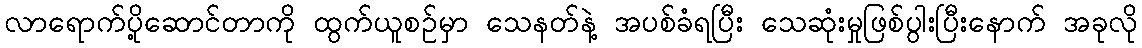
လာရောက်ပို့ဆောင်တာကို ထွက်ယူစဉ်မှာ သေနတ်နဲ့ အပစ်ခံရပြီး သေဆုံးမှုဖြစ်ပွါးပြီးနောက် အခုလို